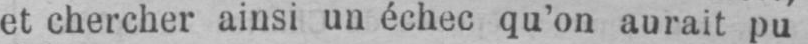
et chercher ainsi un échec qu’on aurait pu